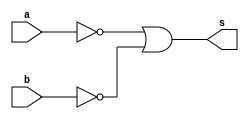
/*
* Aluno: Henrique Augusto Rodrigues
* Arquitetura 1 - Tarde
* Guia_05 Extra 08 Exemplo 0509.
*/
module ex_09 (output s, input a, b);

wire not_a, not_b;
wire nor_1;

nor NOTa (not_a, a, a);
nor NOTb (not_b, b, b);

nor NOR1 (nor_1, not_a, not_b);
nor NOTnor (s, nor_1, nor_1);

endmodule

module control (output s, input a, b);

assign s = ~a | ~b;

endmodule

module test;

reg x;
reg y;
wire a, b;

ex_09 moduloA (a, x, y);
control moduloB (b, x, y);

//main
initial
begin : main
//id
$display("Guia 05 Ex. 09");

//monitor
$display("  x   y   NOR   Controle");

//first signal
#1 x=1'b0; y=1'b0;

$monitor("%3b %3b %4b %8b", x, y, a, b);

//signals
#1 x=0; y=1;
#1 x=1; y=0;
#1 x=1; y=1;

end // main
endmodule // Guia